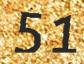
51